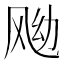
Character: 𱃖